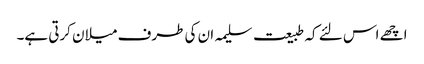
اچھے اس لئے کہ طبیعت سلیمہ ان کی طرف میلان کرتی ہے۔